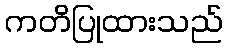
ကတိပြုထားသည်